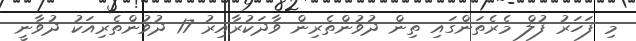
މި ފަހަރު ފުލް މެރެތަންގައި ތިން ދުވުންތެރިން ވާދަކުރާއިރު 17 ދުވުންތެރިއަކު ދުވާނީ